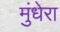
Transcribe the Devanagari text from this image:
मुंधेरा